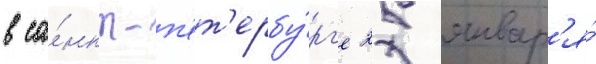
в са́нкт-п'ет'ербу́рг'е 25 январ'я́